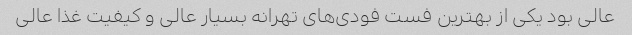
عالی بود یکی از بهترین فست فودی‌های تهرانه بسیار عالی و کیفیت غذا عالی